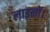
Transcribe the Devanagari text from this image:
लाइनों।